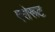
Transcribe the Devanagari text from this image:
एरोरूट